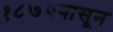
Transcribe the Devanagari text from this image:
१८७२पासून